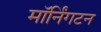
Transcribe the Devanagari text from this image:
मॉर्निंगटन